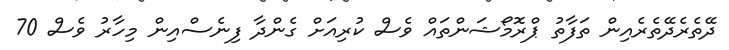
ދޭތެރެދޭތެރެއިން ތަފާތު ޕްރޮމޯޝަންތައް ވެސް ކުރިއަށް ގެންދާ ފިނެސްއިން މިހާރު ވެސް 70